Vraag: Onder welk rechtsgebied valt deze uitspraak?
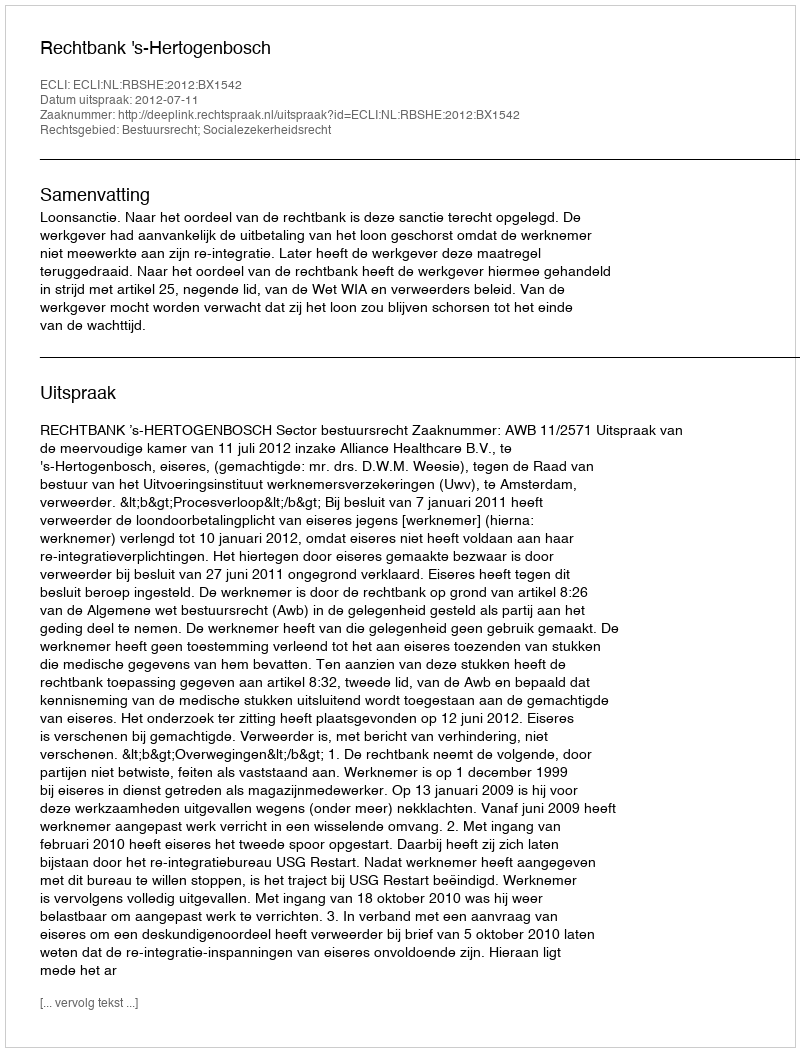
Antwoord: Bestuursrecht; Socialezekerheidsrecht